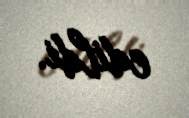
edildi.